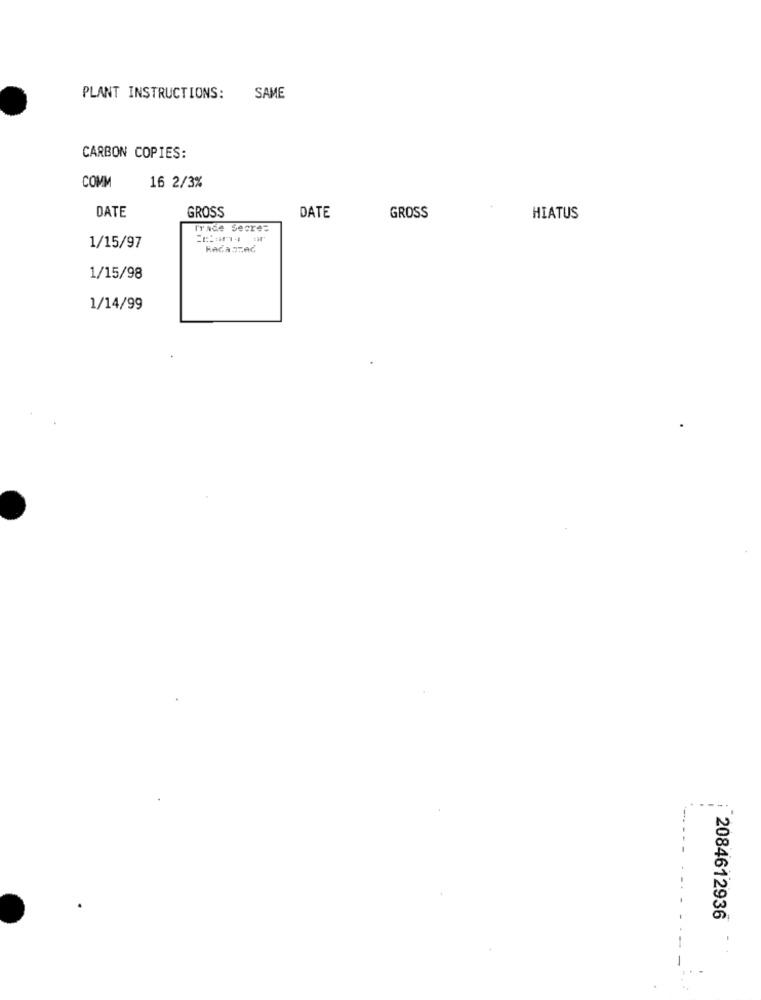
PLANT INSTRUCTIONS:
SAME
CARBON COPIES:
COMM
16 2/3%
GROSS
DATE
DATE
GROSS
HIATUS
Trade Secre:
1/15/97
RAGA TRAC
1/15/98
1/14/99
2084612936